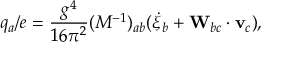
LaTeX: q _ { a } / e = \frac { g ^ { 4 } } { 1 6 \pi ^ { 2 } } ( M ^ { - 1 } ) _ { a b } ( \dot { \xi } _ { b } + { \bf W } _ { b c } \cdot { \bf v } _ { c } ) ,